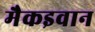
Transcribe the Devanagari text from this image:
मैकइवान